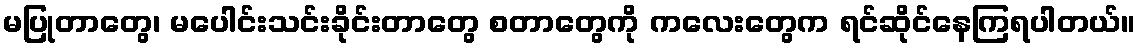
မပြုတာတွေ၊ မပေါင်းသင်းခိုင်းတာတွေ စတာတွေကို ကလေးတွေက ရင်ဆိုင်နေကြရပါတယ်။